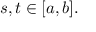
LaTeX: s , t \in [ a , b ] .